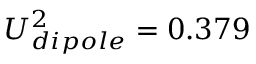
U _ { d i p o l e } ^ { 2 } = 0 . 3 7 9